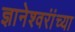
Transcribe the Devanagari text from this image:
ज्ञानेश्वरांंच्या